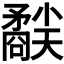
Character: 𥎜